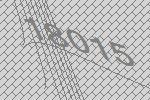
18015